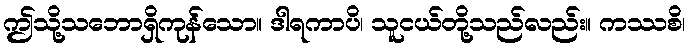
ဤသို့သဘောရှိကုန်သော။ ဒါရကာပိ၊ သူငယ်တို့သည်လည်း။ ကဿစိ၊